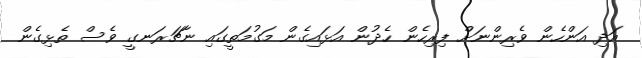
އަދި އަންހެން ވެރިންނަށް ފިރިހެން ހެދުން އަޅައިގެން މަގުމަތީގައި ނާޗަރަނގީ ވެސް ތެޅިގެން